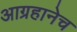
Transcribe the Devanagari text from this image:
आग्रहानेच